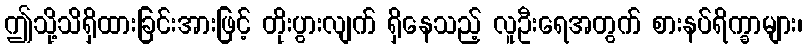
ဤသို့သိရှိထားခြင်းအားဖြင့် တိုးပွားလျက် ရှိနေသည့် လူဦးရေအတွက် စားနပ်ရိက္ခာများ၊